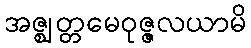
အဇ္ဈတ္တမေဝုဇ္ဇလယာမိ